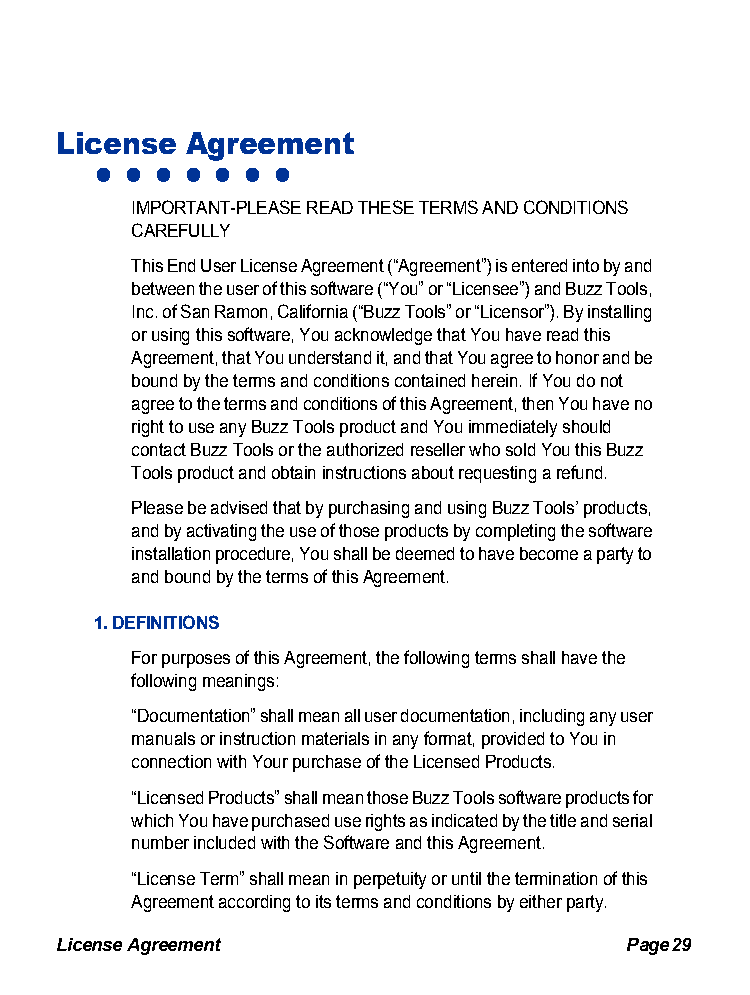
License Agreement
 • • • • • • •
 IMPORTANT-PLEASE READ THESE TERMS AND CONDITIONS
 CAREFULLY
 This End User License Agreement (“Agreement”) is entered into by and
 between the user of this software (“You” or “Licensee”) and Buzz Tools,
 Inc. of San Ramon, California (“Buzz Tools” or “Licensor”). By installing
 or using this software, You acknowledge that You have read this
 Agreement, that You understand it, and that You agree to honor and be
 bound by the terms and conditions contained herein. If You do not
 agree to the terms and conditions of this Agreement, then You have no
 right to use any Buzz Tools product and You immediately should
 contact Buzz Tools or the authorized reseller who sold You this Buzz
 Tools product and obtain instructions about requesting a refund.
 Please be advised that by purchasing and using Buzz Tools’ products,
 and by activating the use of those products by completing the software
 installation procedure, You shall be deemed to have become a party to
 and bound by the terms of this Agreement.
 1. DEFINITIONS
 For purposes of this Agreement, the following terms shall have the
 following meanings:
 “Documentation” shall mean all user documentation, including any user
 manuals or instruction materials in any format, provided to You in
 connection with Your purchase of the Licensed Products.
 “Licensed Products” shall mean those Buzz Tools software products for
 which You have purchased use rights as indicated by the title and serial
 number included with the Software and this Agreement.
 “License Term” shall mean in perpetuity or until the termination of this
 Agreement according to its terms and conditions by either party.
 License Agreement                    Page 29